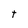
Character: t